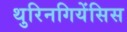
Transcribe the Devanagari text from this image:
थुरिनगियेंसिस